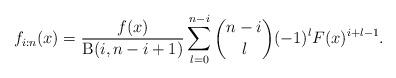
LaTeX: \begin{align*}f_{i:n}(x)=\frac{f(x)}{\operatorname{B}(i,n-i+1)}\sum_{l=0}^{n-i}\binom{n-i}{l}(-1)^lF(x)^{i+l-1}.\end{align*}